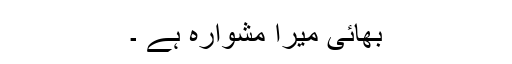
بھائی میرا مشوارہ ہے ۔